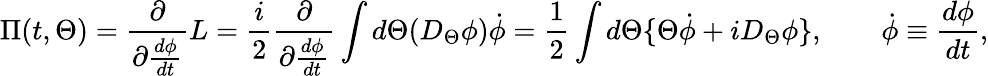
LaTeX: \Pi(t,\Theta)=\frac{\partial}{\partial\frac{d\phi}{dt}}L=\frac{i}{2}\frac{\partial}{\partial\frac{d\phi}{dt}}\int d\Theta(D_{\Theta}\phi)\dot{\phi}=\frac{1}{2}\int d\Theta\{ \Theta\dot{\phi}+iD_{\Theta}\phi\} ,\qquad\dot{\phi}\equiv\frac{d\phi}{dt},